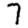
Digit: 7